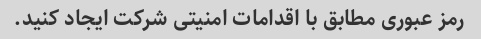
رمز عبوری مطابق با اقدامات امنیتی شرکت ایجاد کنید.